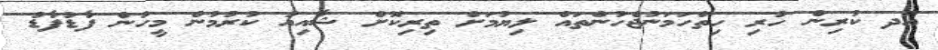
އަދ ކުރިން ހުރި ހިތްހަމަނުޖެހުންތައް ލިޔުމަށް ތިރިކޮށް ޝާއިއު ކުރުމުން މީހުން ފާޑުފާޑު